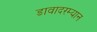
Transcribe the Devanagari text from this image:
डावादरम्यान